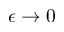
\epsilon \rightarrow 0